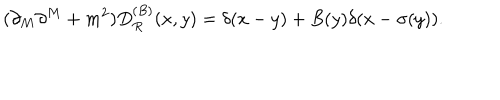
LaTeX: ( \partial _ { M } \partial ^ { M } + m ^ { 2 } ) D _ { R } ^ { ( B ) } ( x , y ) = \delta ( x - y ) + B ( y ) \delta ( x - \sigma ( y ) ) .